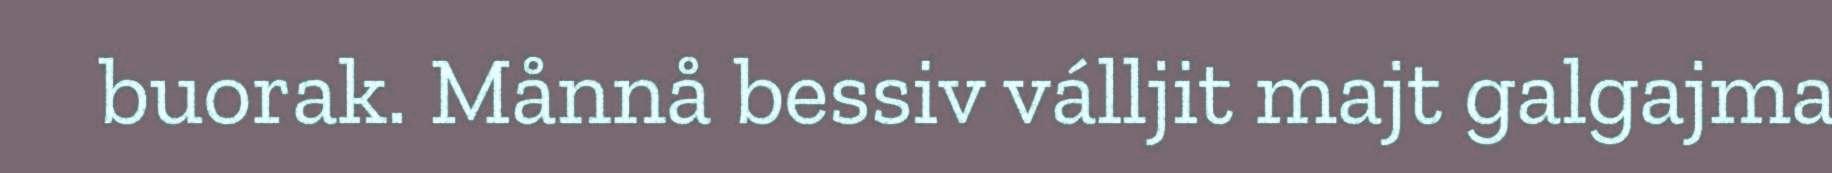
buorak. Månnå bessiv válljit majt galgajma